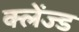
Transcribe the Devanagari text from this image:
क्लेंज्ड